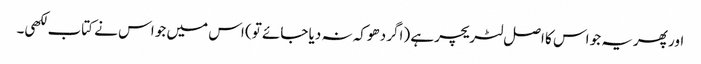
اور پھریہ جو اس کا اصل لٹریچر ہے (اگر دھوکہ نہ دیا جائے تو) اس میں جو اس نے کتاب لکھی۔